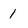
Character: 1